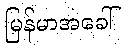
မြန်မာအခေါ်